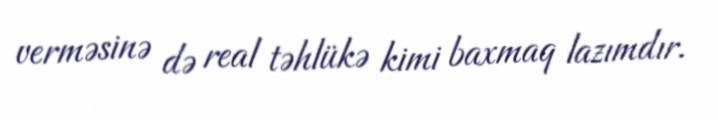
verməsinə də real təhlükə kimi baxmaq lazımdır.